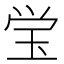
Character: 𭸼